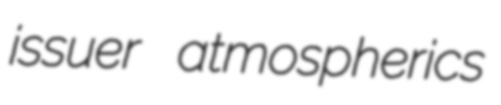
issuer atmospherics